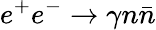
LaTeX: e^{+}e^{-}\to\gamma n\bar{n}